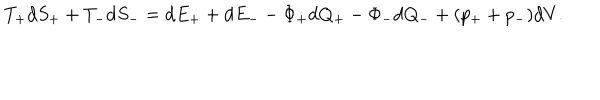
T _ { + } \mathrm { d } S _ { + } + T _ { - } \mathrm { d } S _ { - } = \mathrm { d } E _ { + } + \mathrm { d } E _ { - } - \Phi _ { + } \mathrm { d } Q _ { + } - \Phi _ { - } \mathrm { d } Q _ { - } + ( p _ { + } + p _ { - } ) \mathrm { d } V .